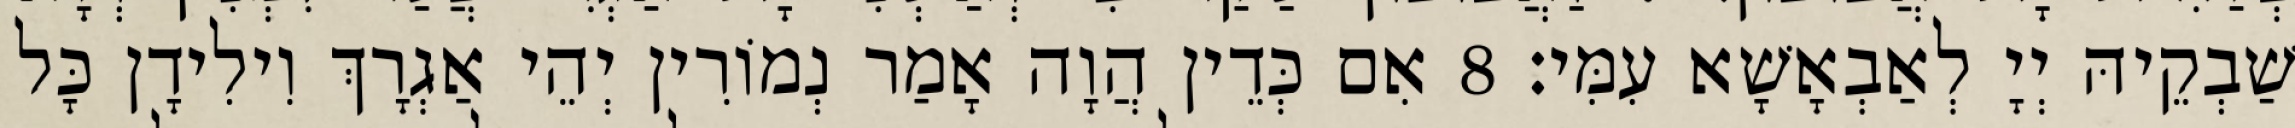
שַׁבְקֵיהּ יְיָ לְאַבְאָשָׁא עִמִּי׃ 8 אִם כְּדֵין הֲוָה אָמַר נְמוֹרִין יְהֵי אַגְרָךְ וִילִידָן כָּל